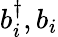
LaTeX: b_{i}^{\dagger},b_{i}